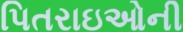
પિતરાઇઓની